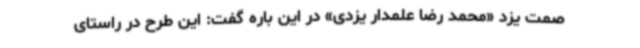
صمت یزد «محمد رضا علمدار یزدی» در این باره گفت: این طرح در راستای